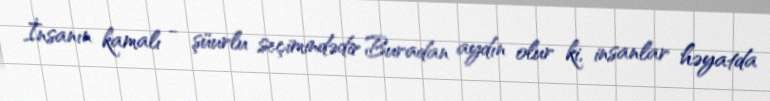
İnsanın kamalı - şüurlu seçimindədir Buradan aydın olur ki, insanlar həyatda